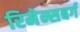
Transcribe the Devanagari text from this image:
रिमेन्सबर्ग